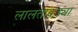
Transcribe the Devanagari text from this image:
लालतांबड्या